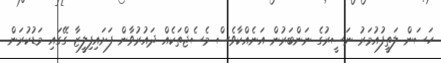
ހަސަން ލަތީފުއުމަރު ނަސީރުގެ ނަންބަރުން އަނެއްކާވެސް މެސެޖްތަކެއް ދައުރުވާން ފަށައިފިލީޒާ ގޭގައި މަޑުކުރަން